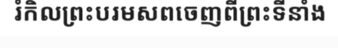
រំកិលព្រះបរមសពចេញពីព្រះទីនាំង